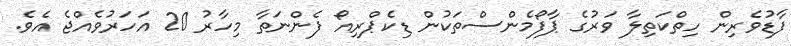
ފާޑުވެރިން ހިތްކަތިލާ ވަރުގެ ޕާފޯމެންސްތަކުން ޑިކެޕްރިއޯ ފެންނަތާ މިހާރު 20 އަހަރުވެއްޖެ އެވެ.